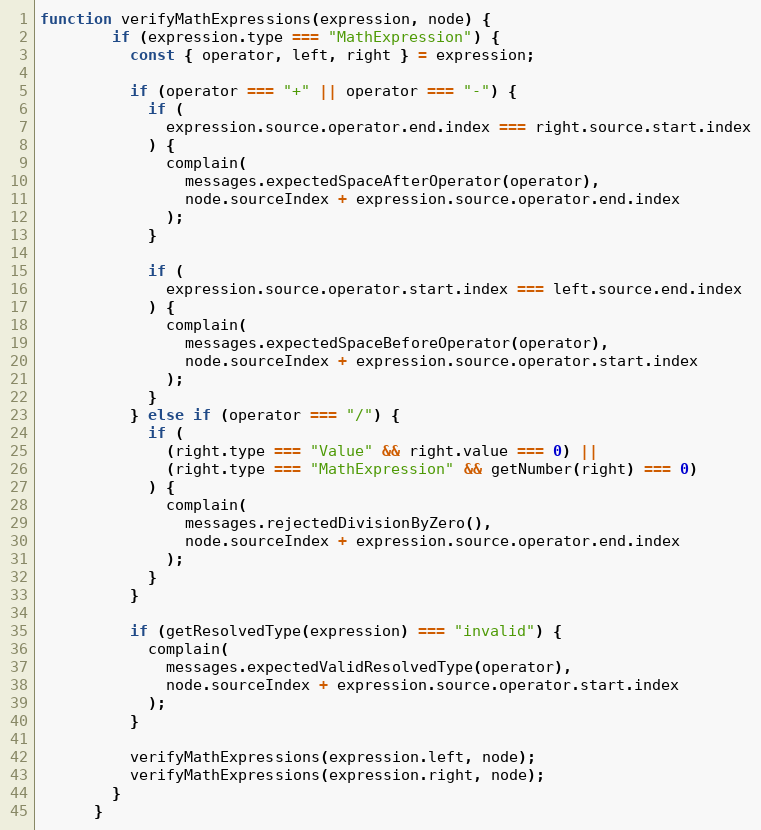
Language: JavaScript
function verifyMathExpressions(expression, node) {
        if (expression.type === "MathExpression") {
          const { operator, left, right } = expression;

          if (operator === "+" || operator === "-") {
            if (
              expression.source.operator.end.index === right.source.start.index
            ) {
              complain(
                messages.expectedSpaceAfterOperator(operator),
                node.sourceIndex + expression.source.operator.end.index
              );
            }

            if (
              expression.source.operator.start.index === left.source.end.index
            ) {
              complain(
                messages.expectedSpaceBeforeOperator(operator),
                node.sourceIndex + expression.source.operator.start.index
              );
            }
          } else if (operator === "/") {
            if (
              (right.type === "Value" && right.value === 0) ||
              (right.type === "MathExpression" && getNumber(right) === 0)
            ) {
              complain(
                messages.rejectedDivisionByZero(),
                node.sourceIndex + expression.source.operator.end.index
              );
            }
          }

          if (getResolvedType(expression) === "invalid") {
            complain(
              messages.expectedValidResolvedType(operator),
              node.sourceIndex + expression.source.operator.start.index
            );
          }

          verifyMathExpressions(expression.left, node);
          verifyMathExpressions(expression.right, node);
        }
      }